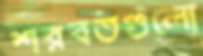
শরবতগুলো